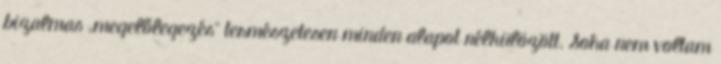
bizalmas „megelőlegezés” természetesen minden ala­pot nélkülözött. Soha nem voltam